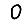
Digit: 0